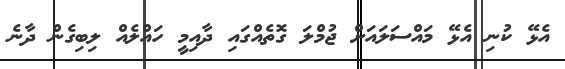
އެޅޭ ކުނި އެޅޭ މައްސަލައަށް ޖުމްލަ ގޮތެއްގައި ދާއިމީ ހައްލެއް ލިބިގެން ދާނެ